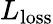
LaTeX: L_{\mathrm{loss}}